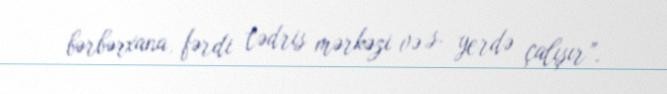
bərbərxana, fərdi tədris mərkəzi və s. yerdə çalışır”.